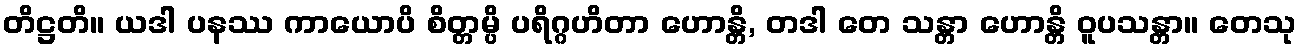
တိဋ္ဌတိ။ ယဒါ ပနဿ ကာယောပိ စိတ္တမ္ပိ ပရိဂ္ဂဟိတာ ဟောန္တိ, တဒါ တေ သန္တာ ဟောန္တိ ဝူပသန္တာ။ တေသု